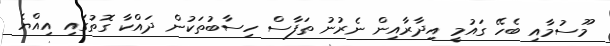
މޫސުމާއި ބެހޭ ގައުމީ އިދާރާއިން ނެރުނު ތަފާސް ހިސާބުތަކުން ދައްކާ ގޮތުގައި އިއްޔެ